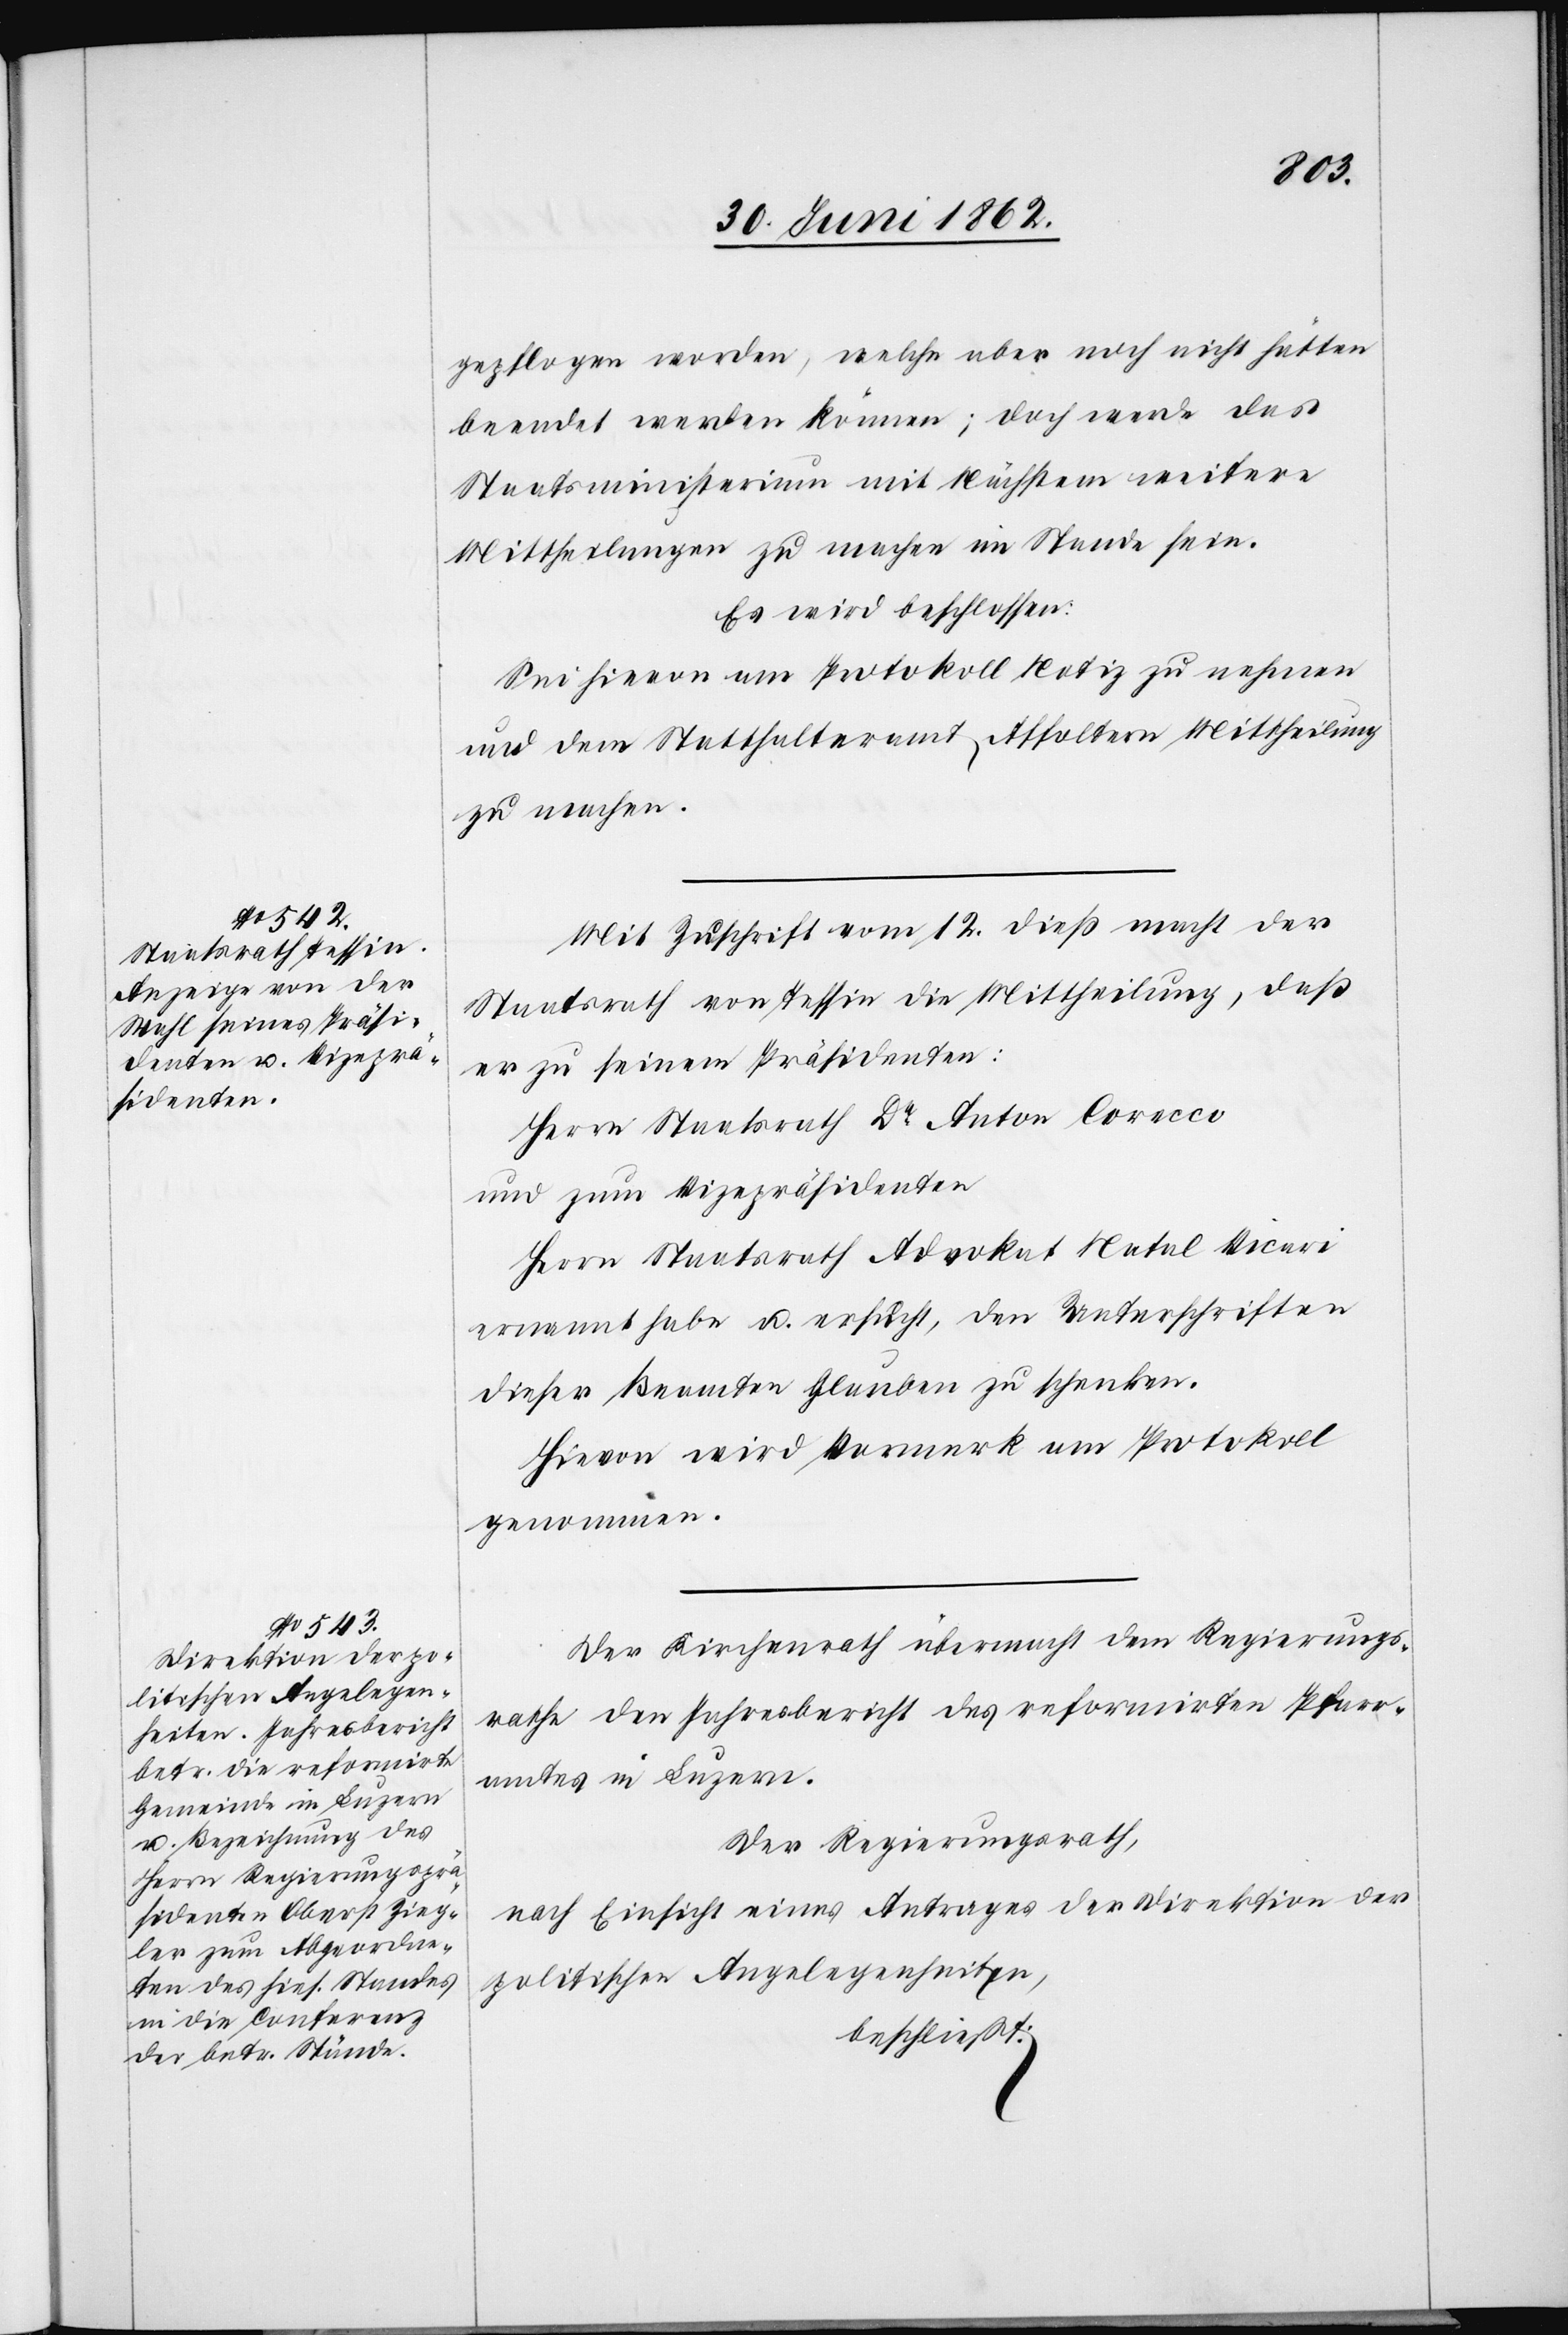
gepflogen worden, welche aber noch nicht hätten
beendet werden können; doch werde das
Staatsministerium mit Nächstem weitere
Mittheilungen zu machen im Stande sein.
Es wird beschlossen:
Sei hievon am Protokoll Notiz zu nehmen
und dem Statthalteramt Affoltern Mitteilung
zu machen.
Mit Zuschrift vom 12. dieß macht der
Staatsrath von Tessin die Mittheilung, daß
er zu seinem Präsidenten:
Herrn Staatsrath Drt. Anton Corecco
und zum Vizepräsidenten
Herrn Staatsrath Advokat Natal Vicari
ernannt habe u. ersucht, den Unterschriften
dieser Beamten Glauben zu schenken.
Hievon wird Vormerk am Protokoll
genommen.
Der Kirchenrath übermacht dem Regierungs¬
rathe den Jahresbericht des reformirten Pfarr¬
amtes in Luzern.
Der Regierungsrath,
nach Einsicht eines Antrages der Direktion der
politischen Angelegenheiten,
beschließt: